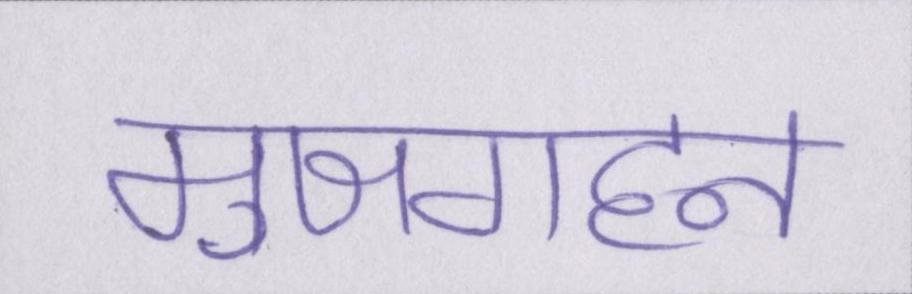
मुजगहन